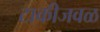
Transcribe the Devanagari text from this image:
टाकीजवळ